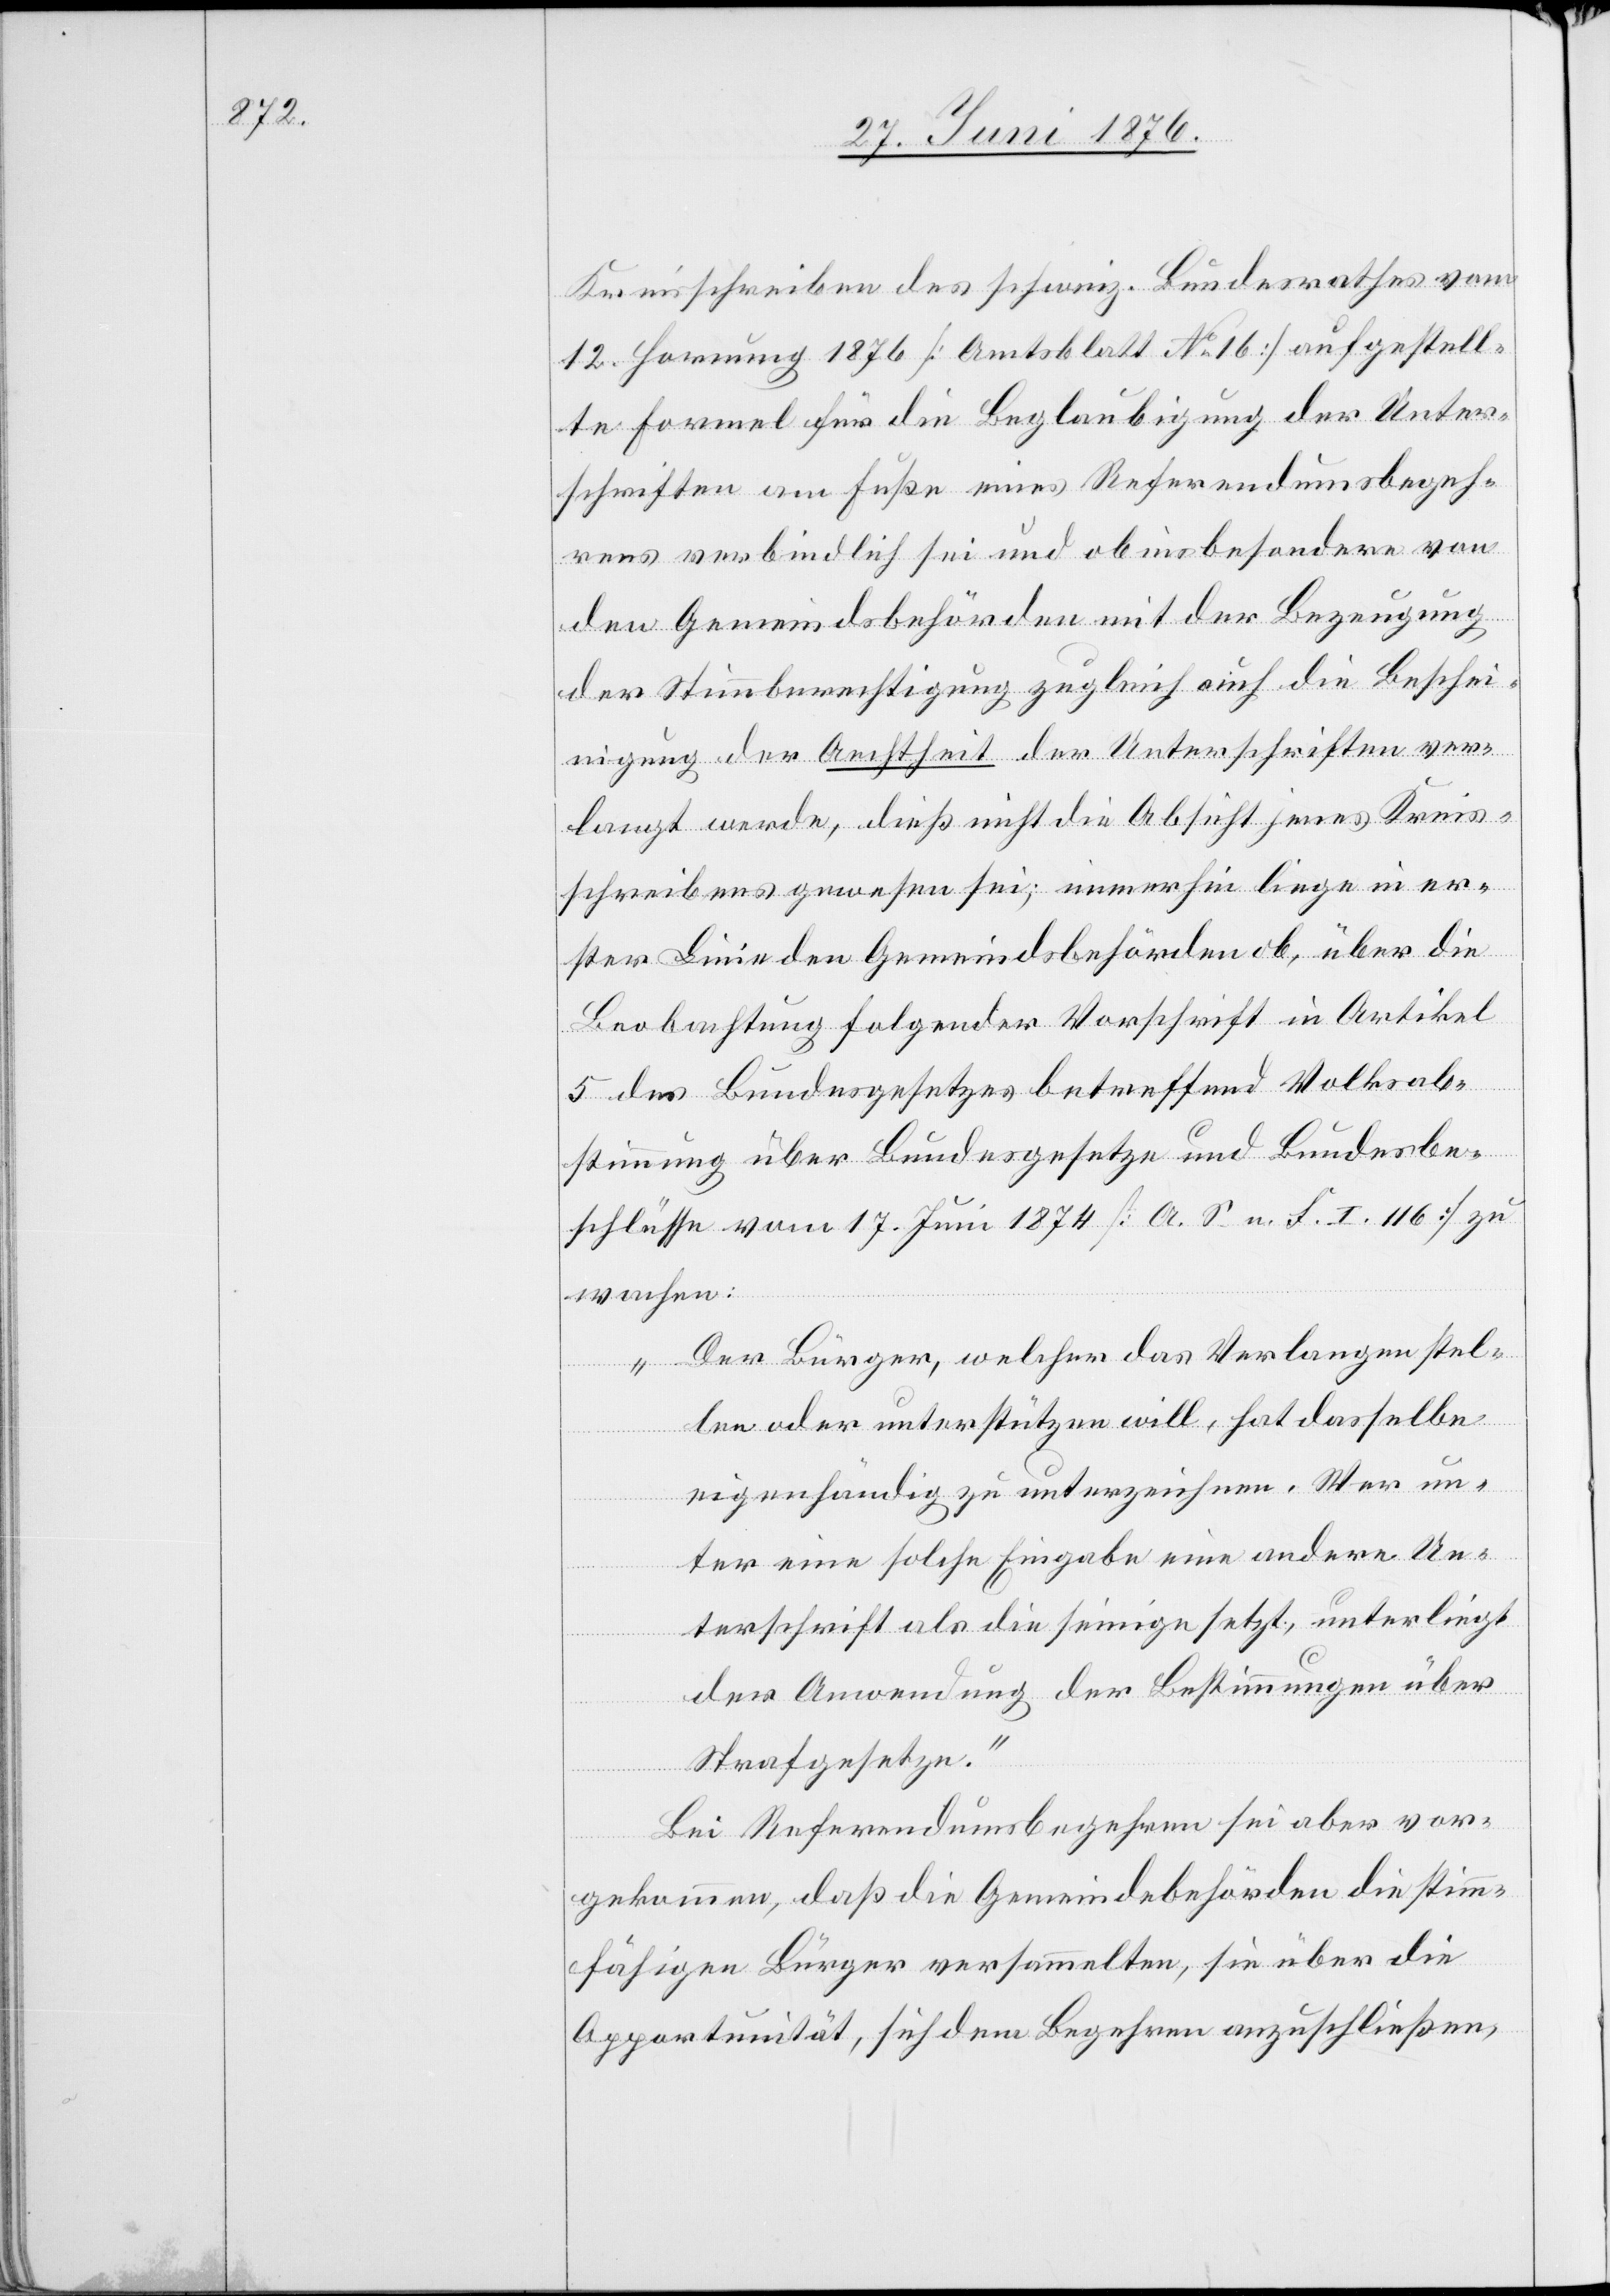
Kreisschreibend es schweiz. Bundesrathes vom
12. Hornung 1876 [Amtsblatt No 16] aufgestell¬
te Formel für die Beglaubigung der Unter¬
schriften am Fuße eines Referendumsbegeh¬
rens verbindlich sei und ob insbesondere von
den Gemeindsbehörden mit der Bezeugung
der Stimmberechtigung zugleich auch die Beschei¬
nigung der Aechtheit der Unterschriften ver¬
langt werde, dieß nicht die Absicht jenes Kreis¬
schreibers gewesen sei; immerhin liege in er¬
ster Linie den Gemeindsbehörden ob, über die
Beobachtung folgender Vorschrift in Artikel
5 des Bundesgesetzes betreffend Volksab¬
stimmung über Bundesgesetze und Bundesbe¬
schlüsse vom 17. Juni 1874 [A. S. u. S. I. 116] zu
wachen:
„Der Bürger, welcher das Verlangen stel¬
len oder unterstützen will, hat dasselbe
eigenhändig zu unterzeichnen. Wer un¬
ter eine solche Eingabe eine andere Un¬
terschrift als die seinige setzt, unterliegt
der Anwendung der Bestimmungen über
Strafgesetze.“
Bei Referendumsbegehren sei aber vor¬
gekommen, das die Gemeindebehörden die stimm¬
fähigen Bürger versammelten, sie über die
Opportunität, sich dem Begehren anzuschließen,